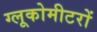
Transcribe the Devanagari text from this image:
ग्लूकोमीटरों